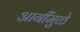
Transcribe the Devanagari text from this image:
आगींमुळे